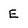
Character: E